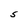
Character: S